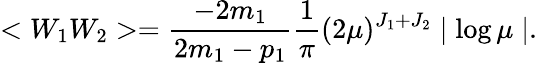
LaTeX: <W_{1}W_{2}>=\frac{-2m_{1}}{2m_{1}-p_{1}}\frac{1}{\pi}(2\mu)^{J_{1}+J_{2}}\mid\log\mu\mid.